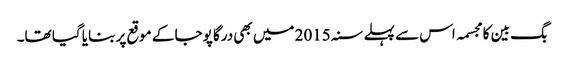
بگ بین کا مجسمہ اس سے پہلے سنہ 2015 میں بھی درگا پوجا کے موقع پر بنایا گیا تھا۔